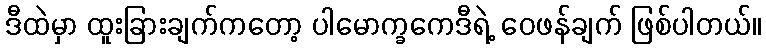
ဒီထဲမှာ ထူးခြားချက်ကတော့ ပါမောက္ခကေဒီရဲ့ ဝေဖန်ချက် ဖြစ်ပါတယ်။